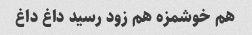
هم خوشمزه هم زود رسید داغ داغ